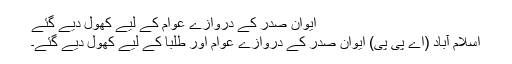
ایوان صدر کے دروازے عوام کے لیے کھول دیے گئے
اسلام آباد (اے پی پی) ایوان صدر کے دروازے عوام اور طلبا کے لیے کھول دیے گئے۔